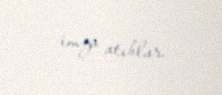
imza atıblar.